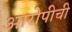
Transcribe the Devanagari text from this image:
आरोपीची